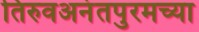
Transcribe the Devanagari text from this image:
तिरुवअनंतपुरमच्या